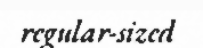
regular-sized